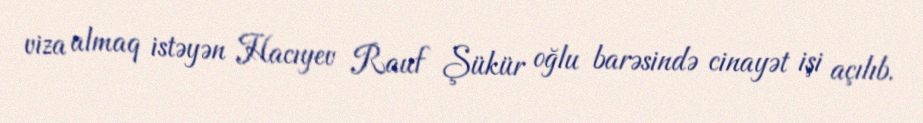
viza almaq istəyən Hacıyev Rauf Şükür oğlu barəsində cinayət işi açılıb.